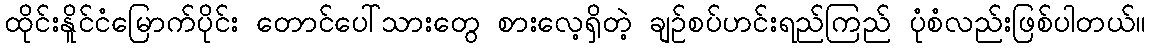
ထိုင်းနိူင်ငံမြောက်ပိုင်း တောင်ပေါ်သားတွေ စားလေ့ရှိတဲ့ ချဉ်စပ်ဟင်းရည်ကြည် ပုံစံလည်းဖြစ်ပါတယ်။